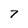
Character: 7